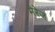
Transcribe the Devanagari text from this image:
मेरेज